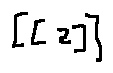
[ [ z ] ]